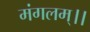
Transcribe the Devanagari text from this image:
मंगलम्।।